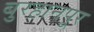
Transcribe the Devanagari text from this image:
बुरहानपूर